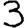
Digit: 3